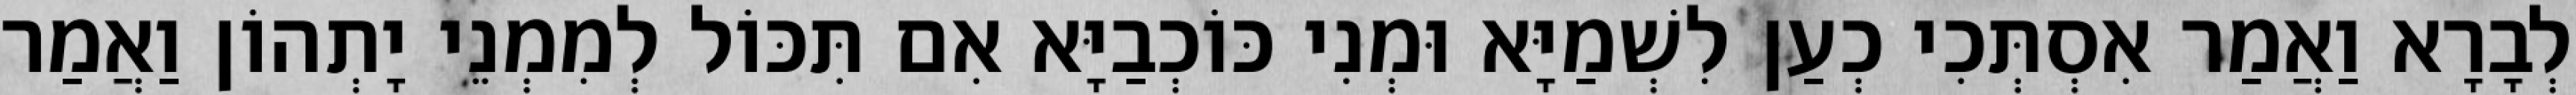
לְבָרָא וַאֲמַר אִסְתְּכִי כְעַן לִשְׁמַיָּא וּמְנִי כּוֹכְבַיָּא אִם תִּכּוֹל לְמִמְנֵי יָתְהוֹן וַאֲמַר